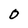
Character: O